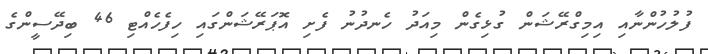
ފުލުހުންނާއި އިމިގްރޭޝަން ގުޅިގެން މިއަދު ހެނދުނު ފެށި އޮޕަރޭޝަންގައި ހިފެހެއްޓި 46 ބިދޭސީންގެ